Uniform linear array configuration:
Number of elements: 48
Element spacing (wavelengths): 0.25
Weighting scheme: hann
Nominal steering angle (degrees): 30
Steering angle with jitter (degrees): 30.947
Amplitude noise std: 0.05
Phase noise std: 0.05

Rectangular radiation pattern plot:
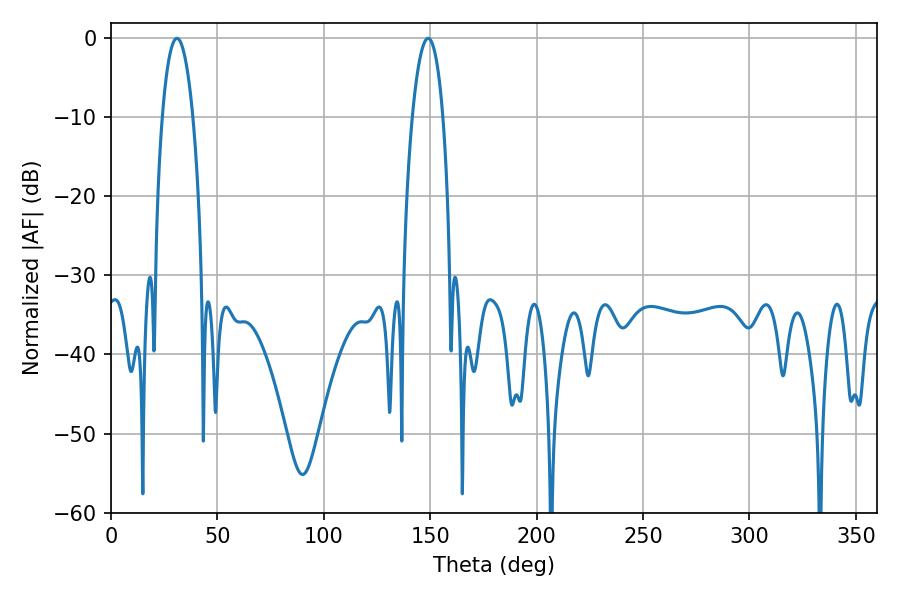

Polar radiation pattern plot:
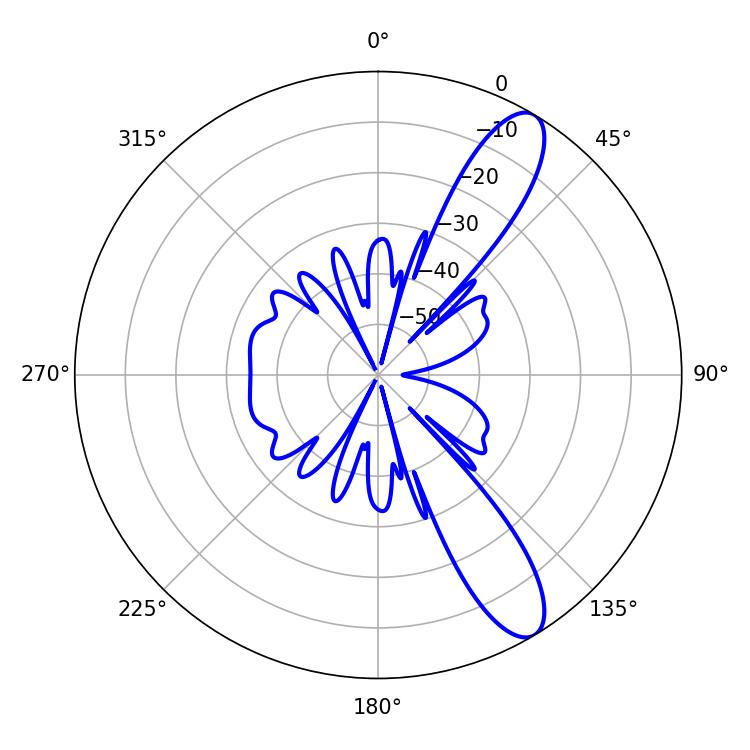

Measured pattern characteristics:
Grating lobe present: FALSE
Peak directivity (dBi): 11.131
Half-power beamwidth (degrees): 8.1
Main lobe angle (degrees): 30.96